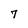
Character: 7